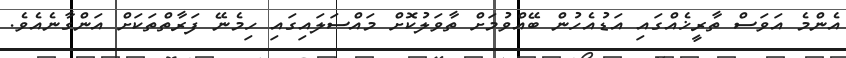
އެންމެ އަވަސް ތާރީޚެއްގައި އަޑުއެހުން ބޭއްވުމަށް ތާވަލުކޮށް މައްސަލައިގައި ހިމެނޭ ފަރާތްތަކަށް އަންގާނެއެވެ.